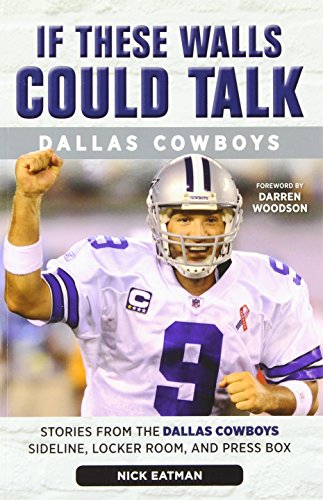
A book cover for If These Walls Could Talk: Dallas Cowboys: Stories from the Dallas Cowboys Sideline, Locker Room, and Press Box; Nick Eatman; Sports & Outdoors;